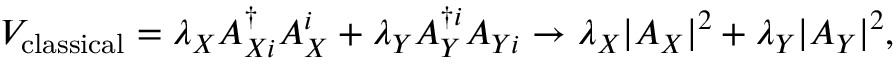
V _ { \mathrm { c l a s s i c a l } } = \lambda _ { X } A _ { X i } ^ { \dag } A _ { X } ^ { i } + \lambda _ { Y } A _ { Y } ^ { \dag i } A _ { Y i } \rightarrow \lambda _ { X } | A _ { X } | ^ { 2 } + \lambda _ { Y } | A _ { Y } | ^ { 2 } ,